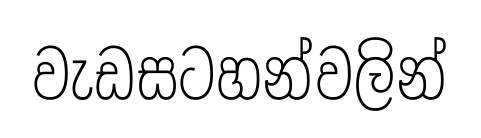
වැඩසටහන්වලින්